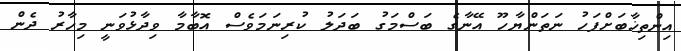
އިންތިޚާބަށްފަހު ނަތަންޔާހޫ އޭނާގެ ބަސްމަގު ބަދަލު ކުރިނަމަވެސް އޮބާމާ ވިދާޅުވަނީ މިހާރު ދެން